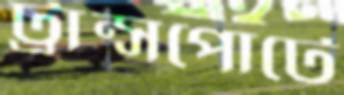
ট্রান্সপোর্টে